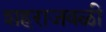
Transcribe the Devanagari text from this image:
शहराजवळी